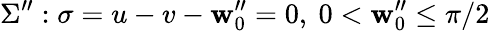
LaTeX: \Sigma^{\prime\prime}:\sigma=u-v-\mathbf{w}_{0}^{\prime\prime}=0,~0<\mathbf{w}_{0}^{\prime\prime}\leq\pi/2